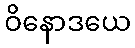
ဝိနောဒယေ